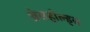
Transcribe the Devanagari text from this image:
थ्रेसहोल्ड्स